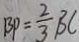
B P = \frac { 2 } { 3 } B C